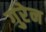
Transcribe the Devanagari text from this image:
गुरेन